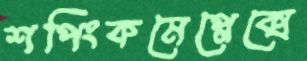
শপিংকমেপ্লেক্সে